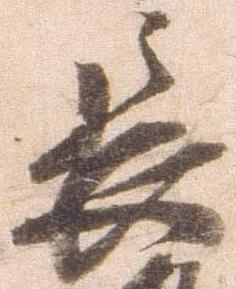
長